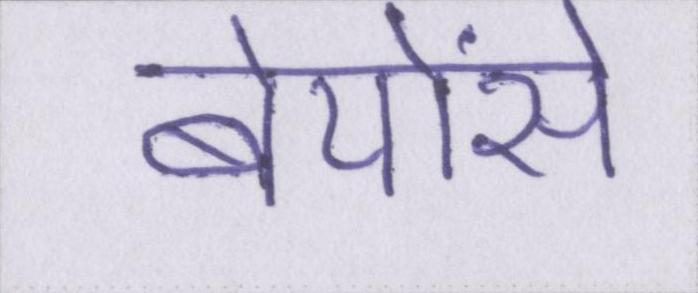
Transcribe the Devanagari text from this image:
बेयोंसे